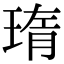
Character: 㻟